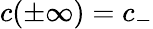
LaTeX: c(\pm\infty)=c_{-}